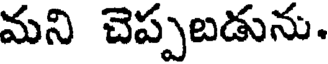
మని చెప్పబడును.